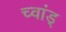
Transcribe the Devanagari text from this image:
च्वांड्